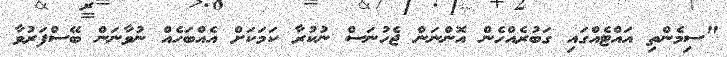
"ސިމެންތި އައްޓެއްގައި ގަބުރެއްހެން އޮންނަން ޖެހުނަސް ނުކުރާ ކަމަކަށް އެއްބަހެއް ނުވާނަން ބޭސްފަރުވާ